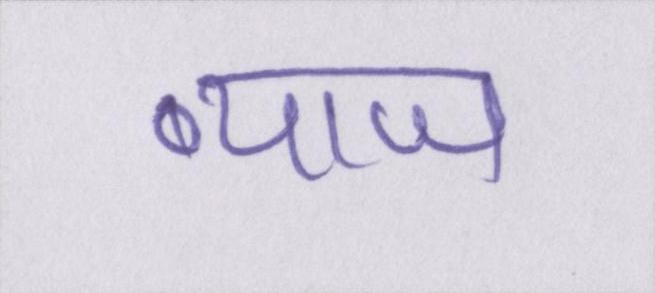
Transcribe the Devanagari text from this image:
ब्याज